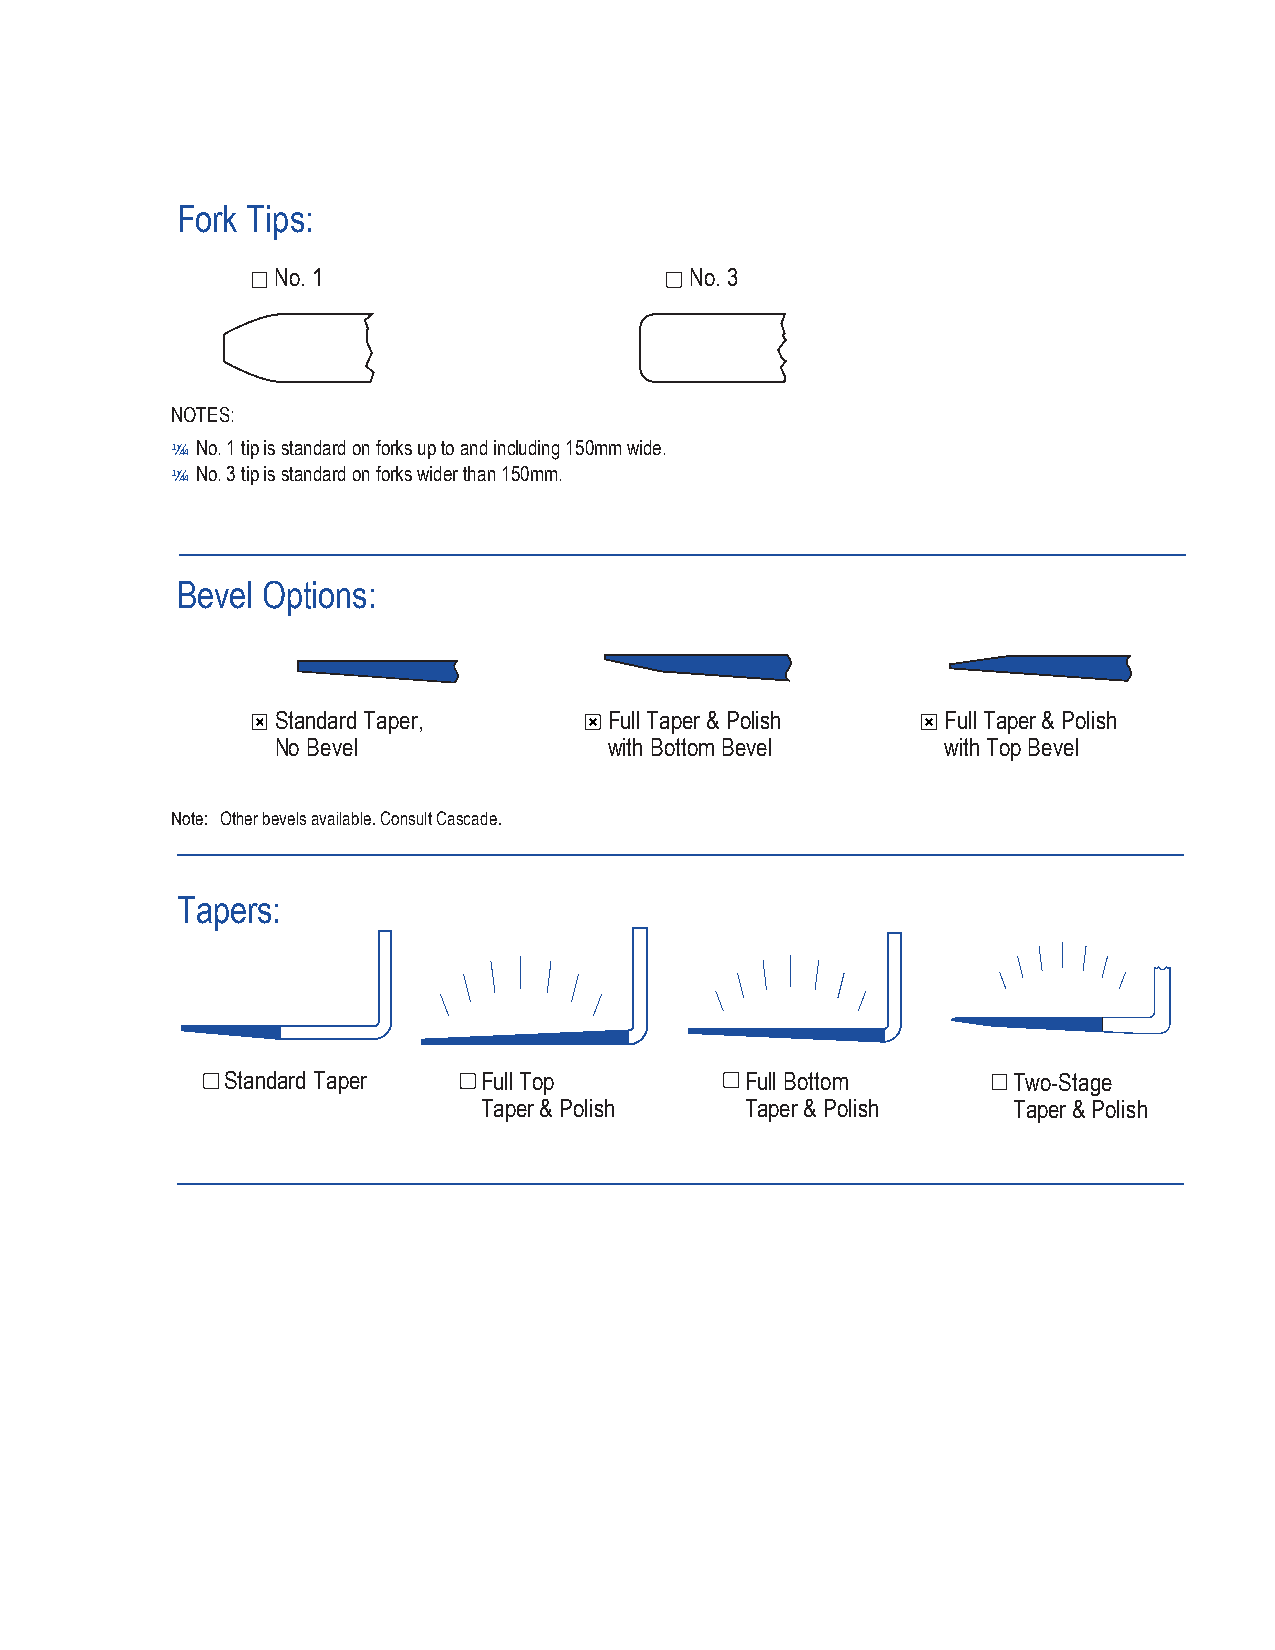
Fork Tips:
 No. 1                       No. 3
 NOTES:
 ¼¼No. 1 tip is standard on forks up to and including 150mm wide.
 ¼¼No. 3 tip is standard on forks wider than 150mm.
 Bevel Options:
 Standard Taper,       Full Taper & Polish    Full Taper & Polish
 No Bevel              with Bottom Bevel      with Top Bevel
 Note: Other bevels available. Consult Cascade.
 Tapers:
 Standard Taper   Full Top         Full Bottom       Two-Stage
 Taper & Polish   Taper & Polish    Taper & Polish